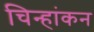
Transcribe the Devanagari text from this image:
चिन्हांकन